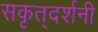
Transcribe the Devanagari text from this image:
सकृत्‌दर्शनी